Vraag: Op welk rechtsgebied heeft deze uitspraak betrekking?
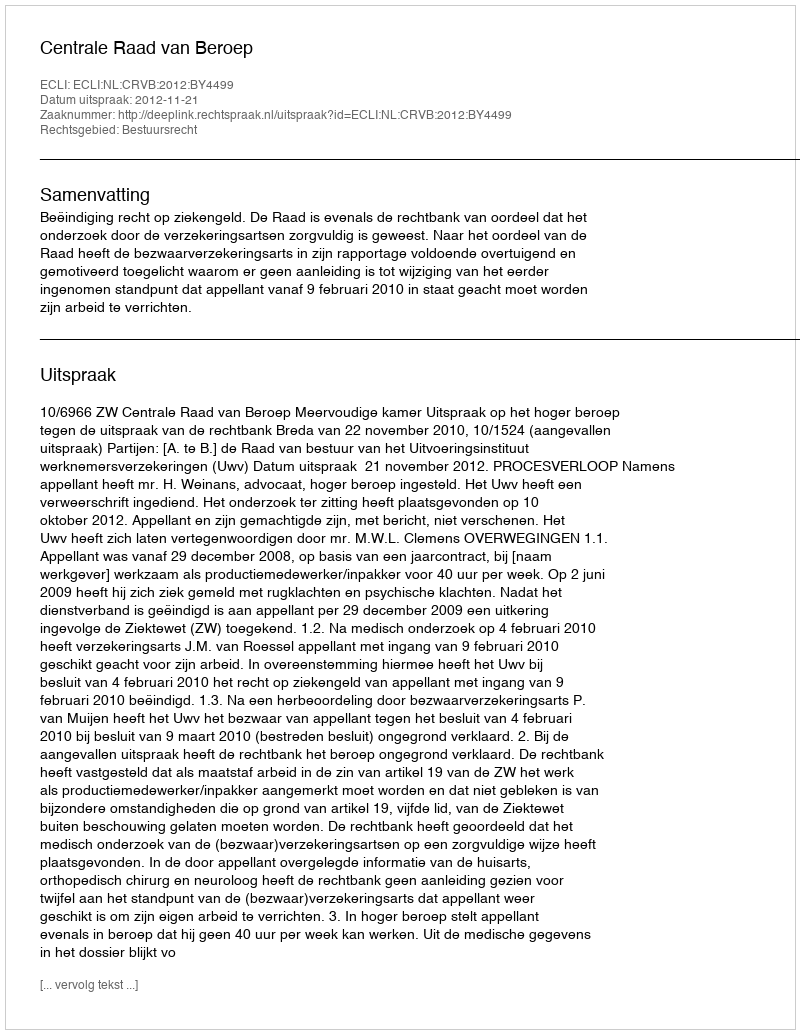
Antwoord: Bestuursrecht